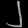
Digit: ၂